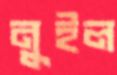
নুইল